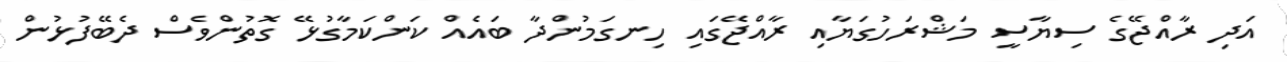
އަދި ރާއްޖޭގެ ސިޔާސީ މަޝްރަހުގަޔާއި ރާއްޖޭގައި ހިނގަމުންދާ ބައެއް ކަންކަމާގުޅޭ ގޮތުންވެސް ދެބޭފުޅުން